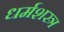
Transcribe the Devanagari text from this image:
धर्मशस्त्र